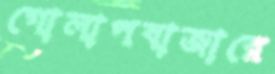
গোলাপবাজারে